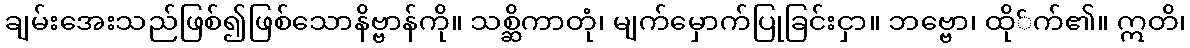
ချမ်းအေးသည်ဖြစ်၍ဖြစ်သောနိဗ္ဗာန်ကို။ သစ္ဆိကာတုံ၊ မျက်မှောက်ပြုခြင်းငှာ။ ဘဗ္ဗော၊ ထို်က်၏။ ဣတိ၊